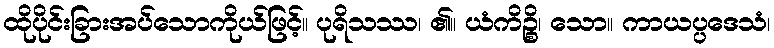
ထိုပိုင်းခြားအပ်သောကိုယ်ဖြင့်။ ပုရိသဿ၊ ၏။ ယံကိဉ္စိ၊ သော။ ကာယပ္ပဒေသံ၊